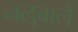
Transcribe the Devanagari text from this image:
नलुबाले